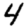
Digit: 4